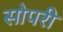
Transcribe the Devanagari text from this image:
सोपरी